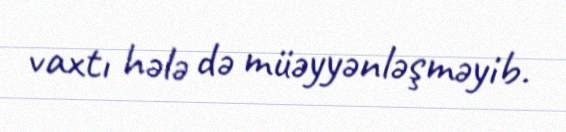
vaxtı hələ də müəyyənləşməyib.